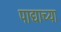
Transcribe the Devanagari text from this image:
पाद्याच्या